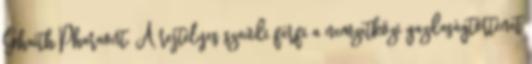
Ghaith Pharaont. A rejtélyes szaúdi férfi a nemzetközi gazdaságtörténet